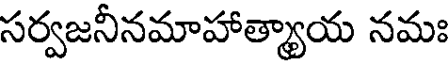
సర్వజనీనమాహాత్యాయ నమః